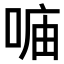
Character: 𠶦